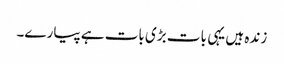
زندہ ہیں یہی بات بڑی بات ہے پیارے۔